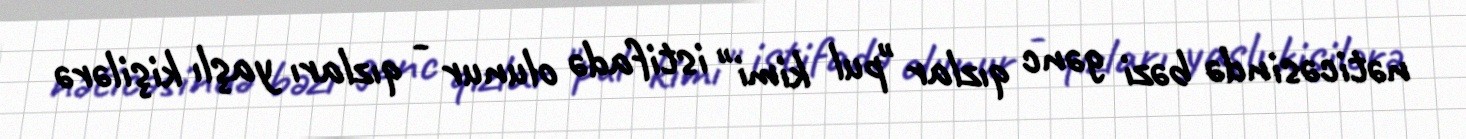
nəticəsində bəzi gənc qızlar "pul kimi" istifadə olunur - qızları yaşlı kişilərə